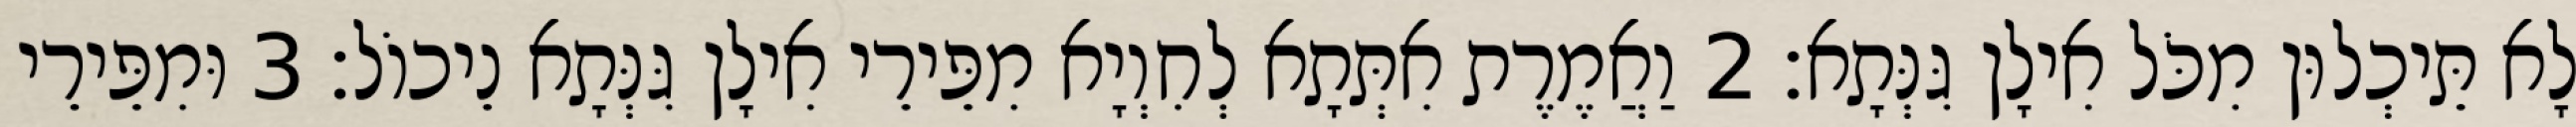
לָא תֵּיכְלוּן מִכֹּל אִילָן גִּנְּתָא׃ 2 וַאֲמֶרֶת אִתְּתָא לְחִוְיָא מִפֵּירֵי אִילָן גִּנְּתָא נֵיכוֹל׃ 3 וּמִפֵּירֵי